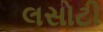
લસોટી